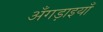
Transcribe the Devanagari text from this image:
अँगड़ाइयाँ